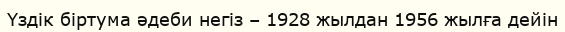
Үздік бiртума әдеби негiз – 1928 жылдан 1956 жылға дейін